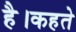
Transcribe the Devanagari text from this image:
है।कहते